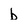
Character: b